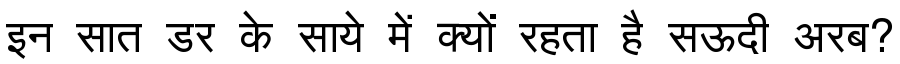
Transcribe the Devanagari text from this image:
इन सात डर के साये में क्यों रहता है सऊदी अरब?